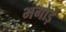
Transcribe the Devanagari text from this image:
भगोड़ें